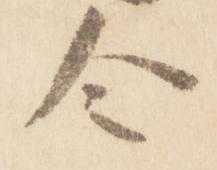
令